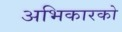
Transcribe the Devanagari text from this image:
अभिकारको